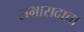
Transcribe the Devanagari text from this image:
सभासदाचा